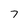
Character: 7